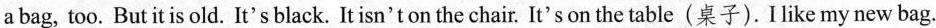
a bag, too. But it is old. It's black. It isn't on the chair. It's on the table(桌子). I like my new bag.